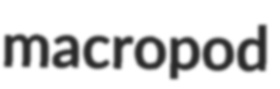
macropod